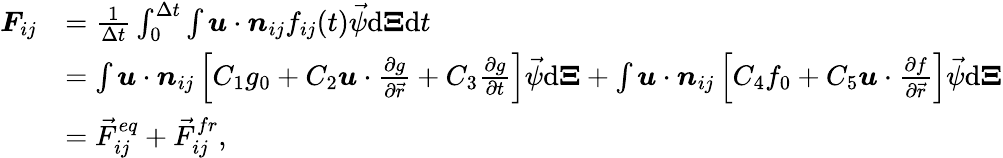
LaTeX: \begin{array}{rl}{\boldsymbol{F}_{ij}}&{=\frac{1}{\Delta t}\int_{0}^{\Delta t}\int\boldsymbol{u}\cdot\boldsymbol{n}_{ij}f_{ij}(t){\vec{\psi}}\mathrm{d}\boldsymbol{\Xi}\mathrm{d}t}\\ &{=\int\boldsymbol{u}\cdot\boldsymbol{n}_{ij}\left[C_{1}g_{0}+C_{2}\boldsymbol{u}\cdot\frac{\partial g}{\partial\vec{r}}+C_{3}\frac{\partial g}{\partial t}\right]{\vec{\psi}}\mathrm{d}\boldsymbol{\Xi}+\int\boldsymbol{u}\cdot\boldsymbol{n}_{ij}\left[C_{4}f_{0}+C_{5}\boldsymbol{u}\cdot\frac{\partial f}{\partial\vec{r}}\right]{\vec{\psi}}\mathrm{d}\boldsymbol{\Xi}}\\ &{={\vec{F}}_{ij}^{eq}+{\vec{F}}_{ij}^{fr},}\end{array}